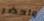
واحضر